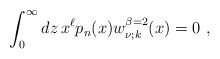
\begin{align*}\int_0^\infty dz\, x^\ell p_n(x)w_{\nu;k}^{\beta=2}(x)=0\ ,\end{align*}